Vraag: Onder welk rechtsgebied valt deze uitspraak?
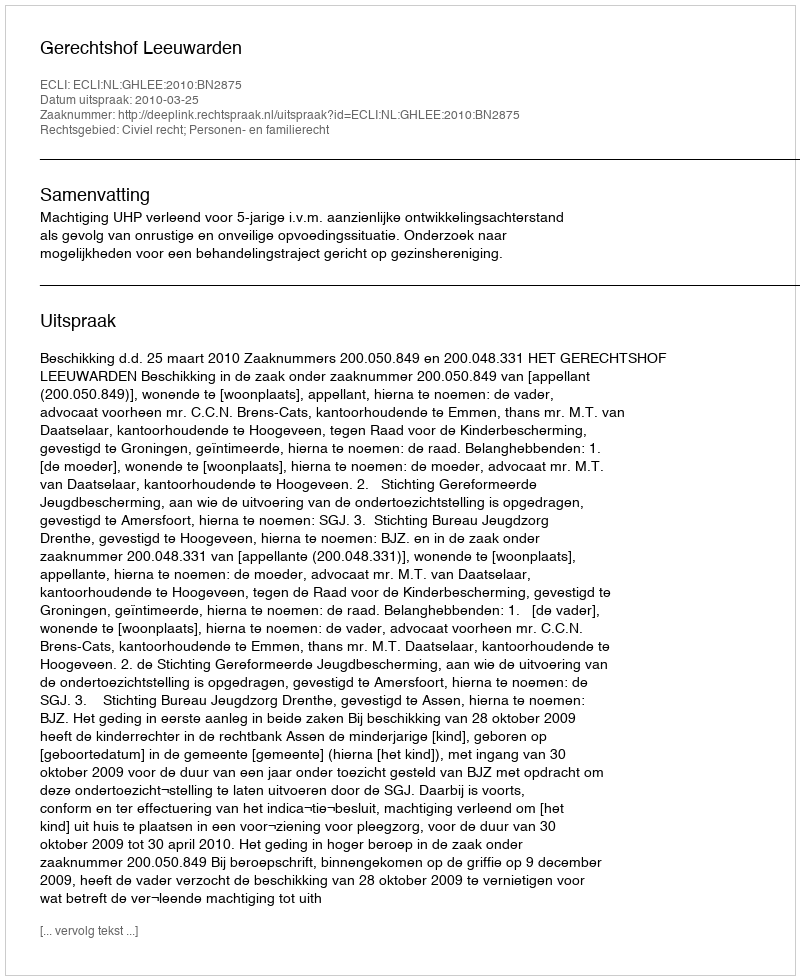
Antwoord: Civiel recht; Personen- en familierecht